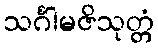
သင်္ဂါမဇိသုတ္တံ